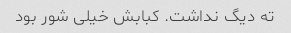
ته دیگ نداشت. کبابش خیلی شور بود